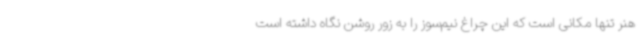
هنر تنها مکانی است که این چراغ نیم‌سوز را به زور روشن نگاه داشته است